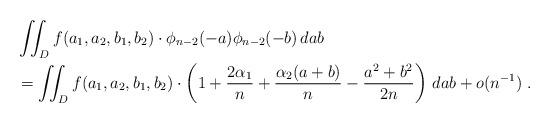
LaTeX: \begin{align*} &\iint_D f(a_1, a_2, b_1, b_2) \cdot \phi_{n-2}(-a)\phi_{n-2}(-b) \, dab \\ & = \iint_D f(a_1,a_2,b_1,b_2) \cdot \left(1 + \frac{2\alpha_1}{n} + \frac{\alpha_2(a+b)}{n} - \frac{a^2+b^2}{2n}\right) \, dab + o(n^{-1}) \; . \end{align*}